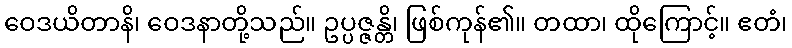
ဝေဒယိတာနိ၊ ဝေဒနာတို့သည်။ ဥပ္ပဇ္ဇန္တိ၊ ဖြစ်ကုန်၏။ တထာ၊ ထိုကြောင့်။ ဧတံ၊